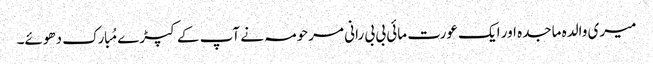
میری والدہ ماجدہ اور ایک عورت مائی بی بی رانی مرحومہ نے آپ کے کپڑے مُبارک دھوئے۔